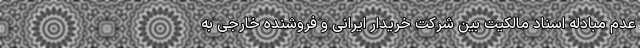
عدم مبادله اسناد مالکیت بین شرکت خریدار ایرانی و فروشنده خارجی به